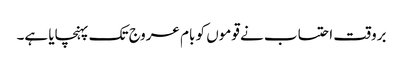
بروقت احتساب نے قوموں کو بام عروج تک پہنچایا ہے۔